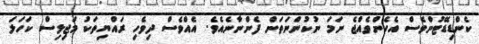
ކެންޑިޑޭޓުންވެސް އެހެންވެއްޖެ ނަމަ ނުކުންނަތަން ފެންނާނެއެވެ. އެއްވެސް ދިވެހި ރައްޔިތަކު މަޖިލިސް ކަހަލަ